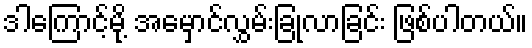
ဒါကြောင့်မို့ အမှောင်လွှမ်းခြုံလာခြင်း ဖြစ်ပါတယ်။